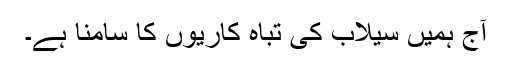
آج ہمیں سیلاب کی تباہ کاریوں کا سامنا ہے۔